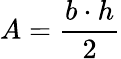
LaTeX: A={\frac{b\cdot h}{2}}